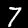
Digit: 7